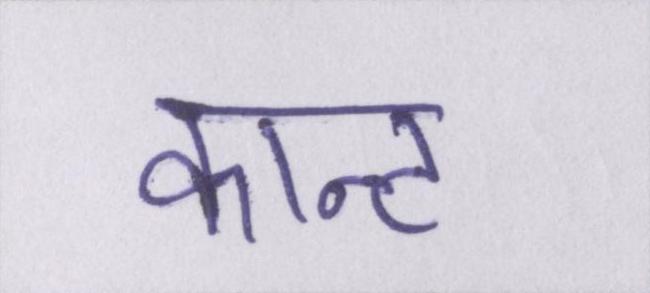
कान्ट